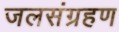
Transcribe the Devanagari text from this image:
जलसंग्रहण